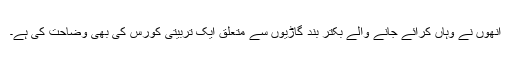
انھوں نے وہاں کرائے جانے والے بکتر بند گاڑیوں سے متعلق ایک تربیتی کورس کی بھی وضاحت کی ہے۔